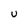
Character: U